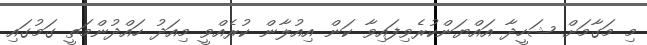
މި މަގާމަށް ޝަހީދާ އައްޔަންކުރެވިފައިވާ ކަން އިއުލާން ކުރެއްވީ މިއަދު ހައްދުންމަތީ ގަމުގައި